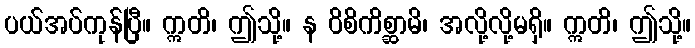
ပယ်အပ်ကုန်ပြီ။ ဣတိ၊ ဤသို့။ န ဝိစိကိစ္ဆာမိ၊ အလို့လို့မရှိ။ ဣတိ၊ ဤသို့။